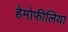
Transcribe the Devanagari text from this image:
हेमोफीलिया